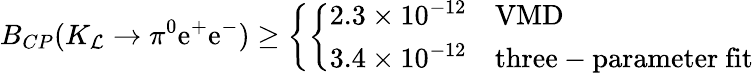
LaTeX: B_{CP}(K_{\mathcal{L}}\rightarrow\pi^{0}\mathrm{e}^{+}\mathrm{e}^{-})\geq\left\{ \left\{ \begin{array}{ll}{{2.3\times 10^{-12}}}&{{\mathrm{VMD}}}\\ {{3.4\times 10^{-12}}}&{{\mathrm{three-parameter~fit}}}\end{array}\right.\right.